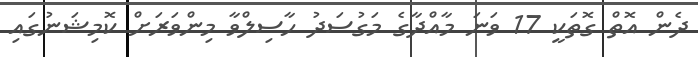
ދެން އޮތް ގޮތަކީ 17 ވަނަ މާއްދާގެ މަގުސަދު ހާސިލްވާ މިންވަރަށް ކޮމިޝަނުގައި